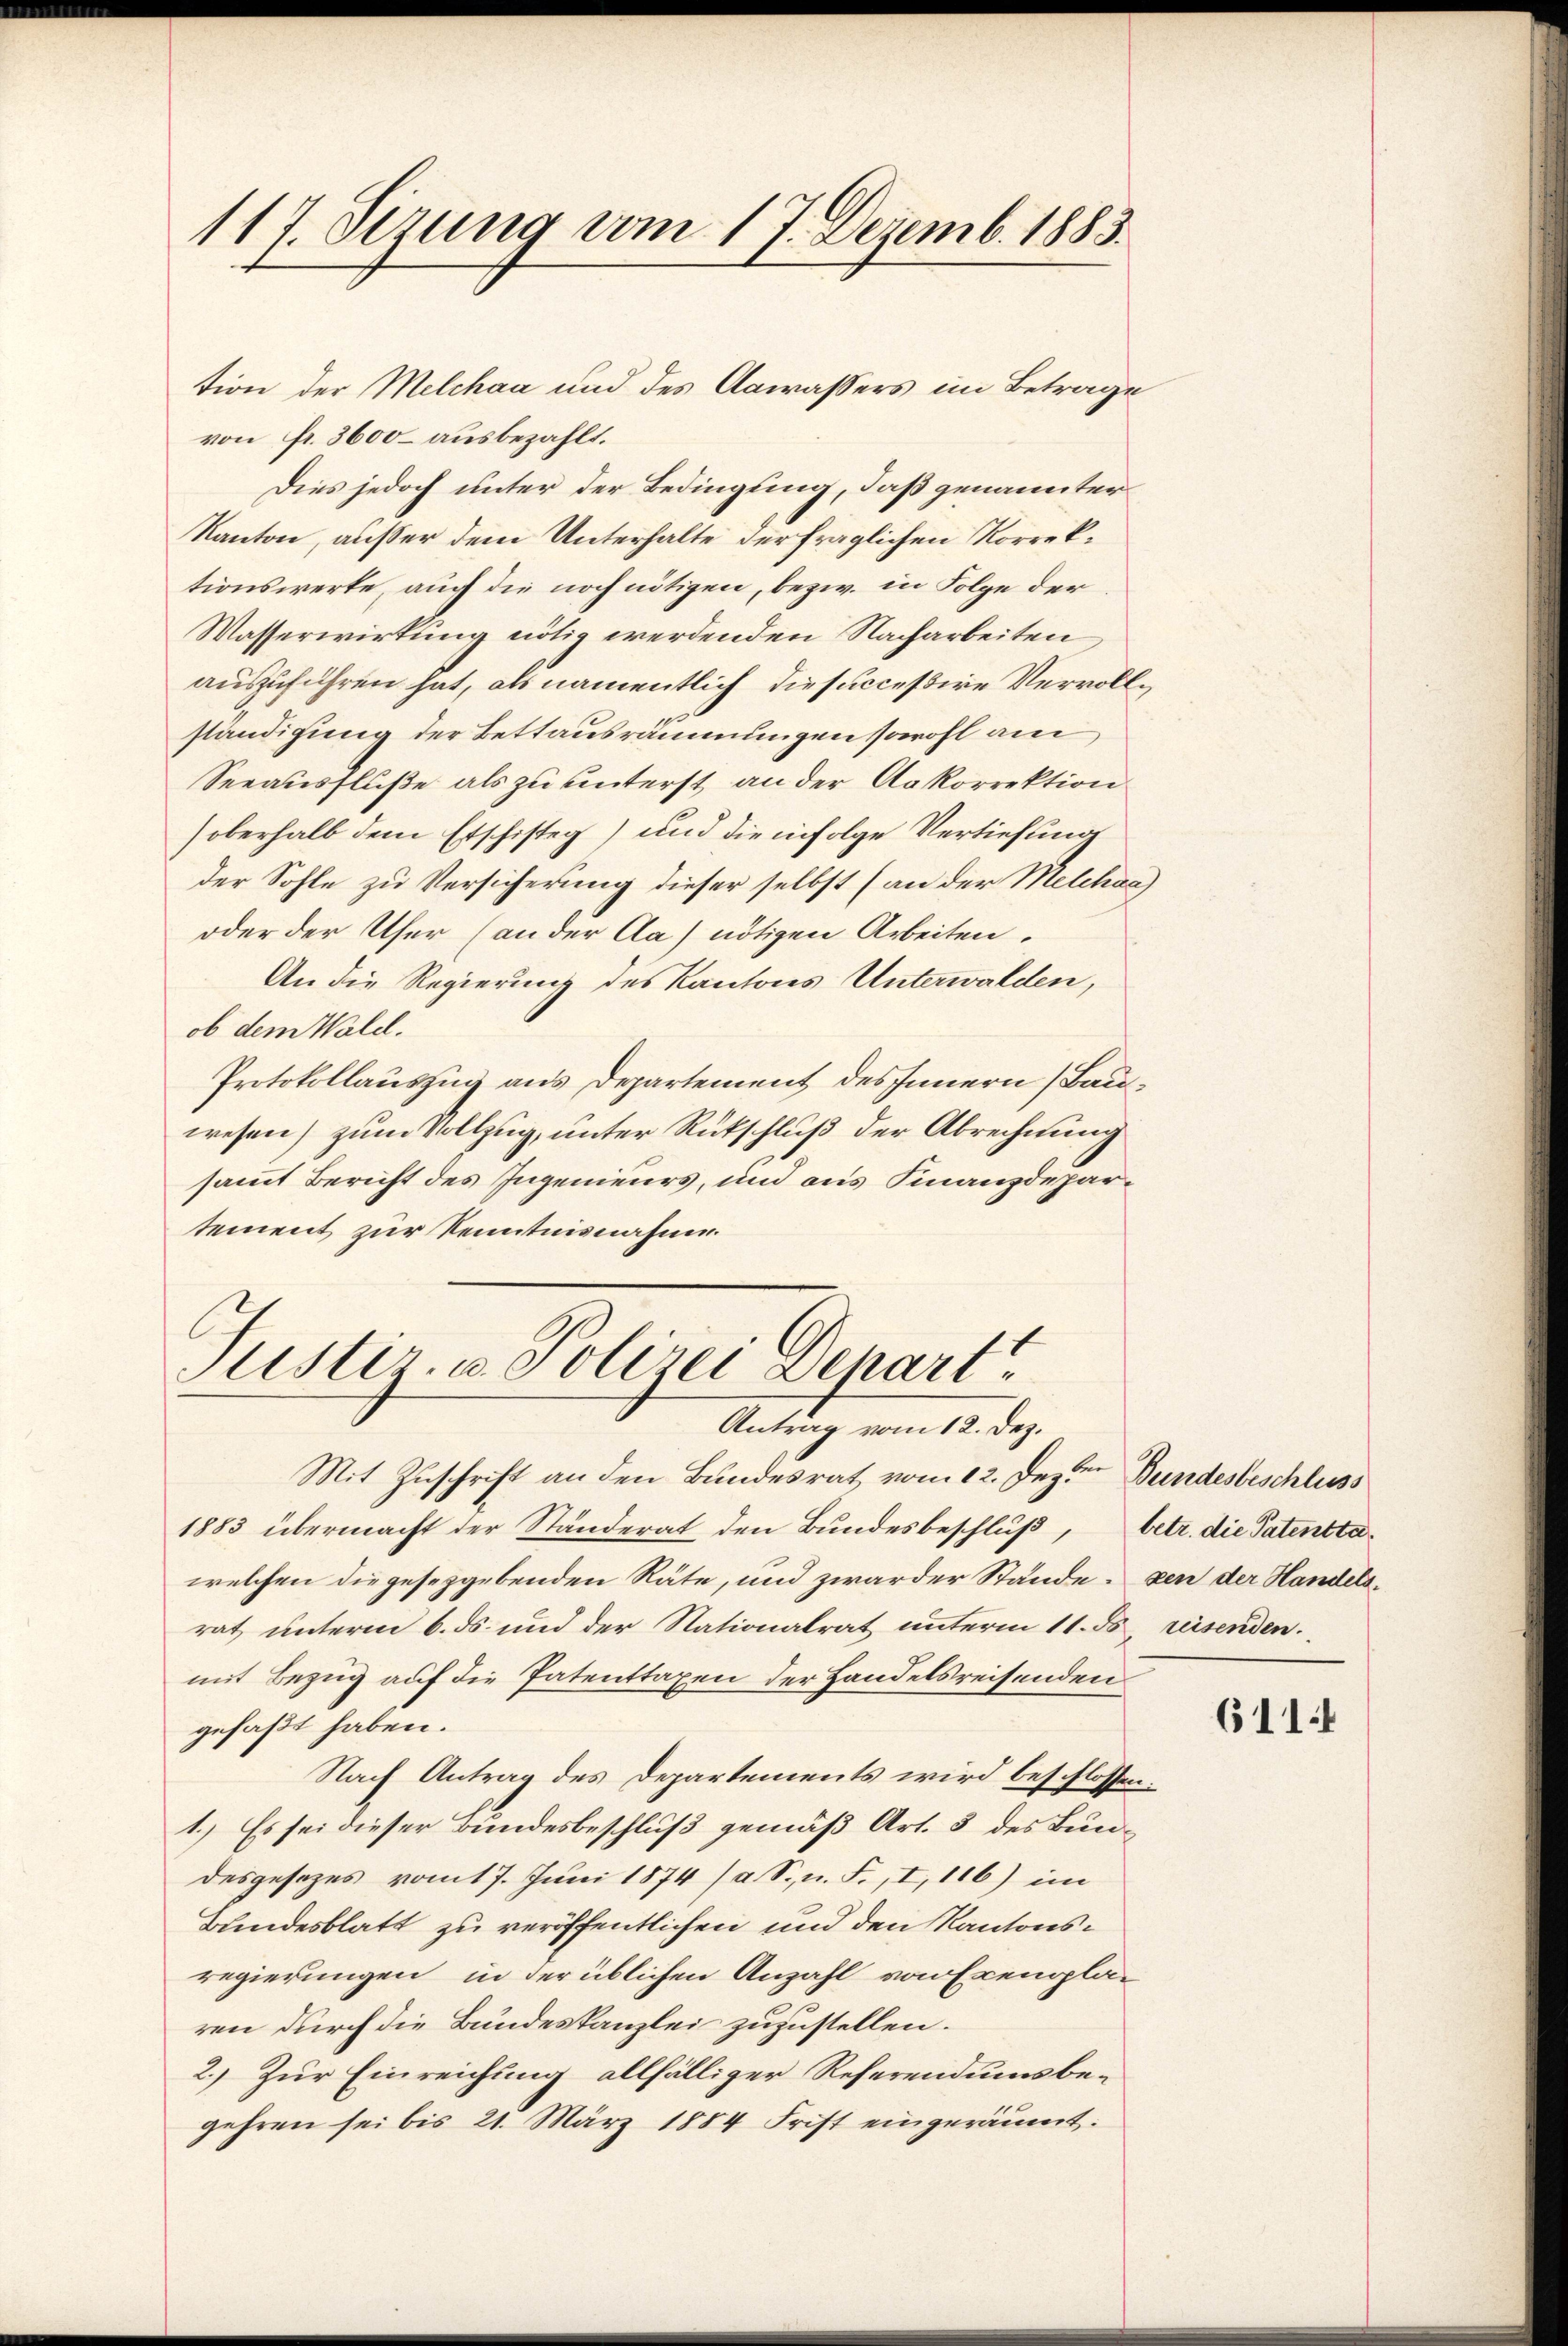
117. Sizung vom 17. Dezemb. 1883.

tion der Melchaa und des Aawassers im Betrage

Justiz- & Polizei Depart
Antrag vom 12. Dez.

von fr. 3600 ausbezahlt.
Dies jedoch unter der Bedingung, daß genannter
Kanton, außer dem Unterhalte der fraglichen Korrektionswerte, auch die noch nötigen, bezw. in Folge der
Wasserwirkung nötig werdenden Nacharbeiten
auszuführen hat, als namentlich die successive Vervollständigung der Bettausräumungen sowohl am
Seeausfluße als zu unterst an der Aakorrektion
oberhalb dem Erschisteg) und die infolge Vertiefung
der Sohle zu Versicherung dieser selbst (an der Melchaa
oder der Ufer (an der Aa) nötigen Arbeiten.
An die Regierung des Kantons Unterwalden,
ob dem Wald.
Protokollauszug aus Departement des Innern (Bauwesen) zum Vollzug, unter Rückschluß der Abrechnung
sammt Bericht des Ingenieurs, und aus Finanzdepartement zur Kenntnisnahme

Mit Zuschrift an den Bundesrat vom 12. Jezten Bundesbeschluss
1883 übermacht der Ständerat den Bundesbeschluß, betr. die Patenttawelchen die geseggebenden Räte, und zwar der Stände, den der Handelsrat unterm 6. ds. und der Nationalrat unterm 11. ds. reisenden.
mit Bezug auf die Patenttaxen der Handelsreisenden
gefaßt haben.
Nach Antrag des Departements wird beschlossen:
1.) Es sei dieser Bundesbeschluß gemäß Art. 3 des Bundesgesezes vom 17. Juni 1874 /a S. n. F., I, 116) im
Bundesblatt zu veröffentlichen und den Kantonsregierungen in der üblichen Anzahl von Exempla-
ren durch die Bundeskanzlei zuzustellen.
2.) Zur Einreichung allfälliger Referendums begehren sei bis 21. März 1884 Frist eingeräumt.

611